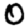
Digit: 0